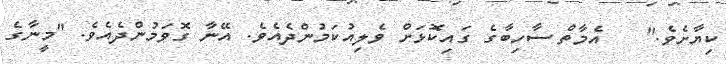
ކިޔާށެވެ."   އެމާތް ސާހިބާގެ ގައިކޮޅަށް ވެލިއުކަމުންދެއެވެ. އޭނާ ގޮވަމުންދެއެވެ. "މީނާގެ